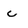
Character: c